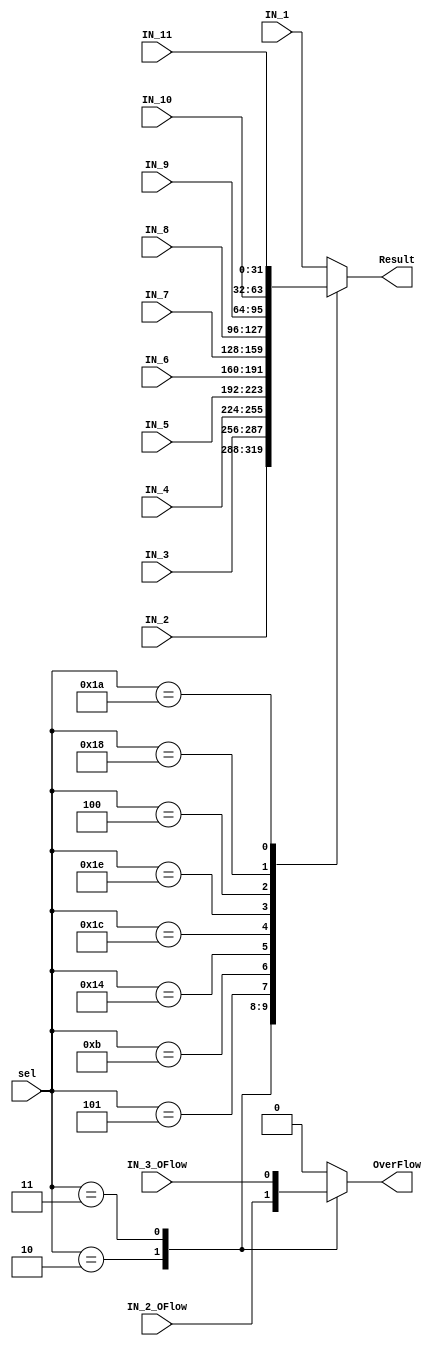
module op_mux
(
    input       [31:0]  IN_1,           // add_sub
                        IN_2,           // mul
                        IN_3,           // div 
                        IN_4,           // min_max
                        IN_5,           // sqrt
                        IN_6,           // comp
                        IN_7,           // classify or mv x to w
                        IN_8,           // mv w to x
                        IN_9,           // fp_sign
                        IN_10,          // fp_int_float
                        IN_11,          // fp_float_int

    input               IN_2_OFlow,
                        IN_3_OFlow,

    input       [04:0]  sel,
    output  reg [31:0]  Result,
    output  reg         OverFlow
);
    
always @(*) begin
    casez (sel)

        5'b00000, 
        5'b00001: begin

            Result = IN_1;
            OverFlow = 0;

        end
        

        5'b00010: begin
           
            Result = IN_2;
            OverFlow = IN_2_OFlow;

        end 

        5'b00011: begin
            
            Result = IN_3;
            OverFlow = IN_3_OFlow;

        end 

        5'b00101: begin
            
            Result = IN_4;
            OverFlow = 0;

        end 

        5'b01011: begin
           
            Result = IN_5;
            OverFlow = 0;

        end 

        5'b10100: begin
           
            Result = IN_6;
            OverFlow = 0;

        end 

        5'b11100: begin
           
            Result = IN_7;
            OverFlow = 0;

        end 

        5'b11110: begin
           
            Result = IN_8;
            OverFlow = 0;

        end 

        5'b00100: begin
           
            Result = IN_9;
            OverFlow = 0;

        end 

        5'b11000: begin
           
            Result = IN_10;
            OverFlow = 0;

        end 

        5'b11010: begin
           
            Result = IN_11;
            OverFlow = 0;

        end 

        default:  begin
            
            Result = IN_1;
            OverFlow = 0;

        end 

    endcase
end

endmodule //op_mux